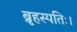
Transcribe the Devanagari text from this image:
ब्रृहस्पतिः।